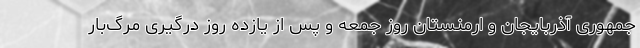
جمهوری آذربایجان و ارمنستان روز جمعه و پس از یازده روز درگیری مرگ‌بار